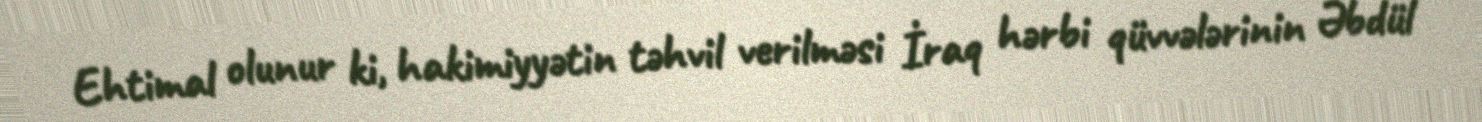
Ehtimal olunur ki, hakimiyyətin təhvil verilməsi İraq hərbi qüvvələrinin Əbdül